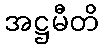
အဋ္ဌမီတိ